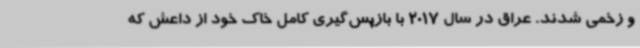
و زخمی شدند. عراق در سال 2017 با بازپس‌گیری کامل خاک خود از داعش که